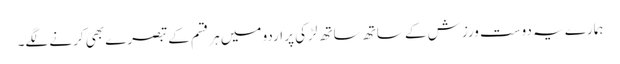
ہمارے یہ دوست ورزش کے ساتھ ساتھ لڑکی پر اردو میں ہر قسم کے تبصرے بھی کرنے لگے۔